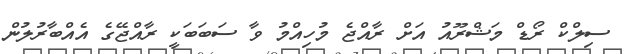
ސިލްކް ރޯޑް މަޝްރޫއު އަށް ރާއްޖެ މުހިއްމު ވާ ސަބަބަކީ ރާއްޖޭގެ އެއްބާރުލުން